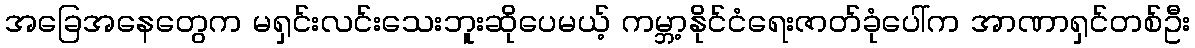
အခြေအနေတွေက မရှင်းလင်းသေးဘူးဆိုပေမယ့် ကမ္ဘာ့နိုင်ငံရေးဇာတ်ခုံပေါ်က အာဏာရှင်တစ်ဦး